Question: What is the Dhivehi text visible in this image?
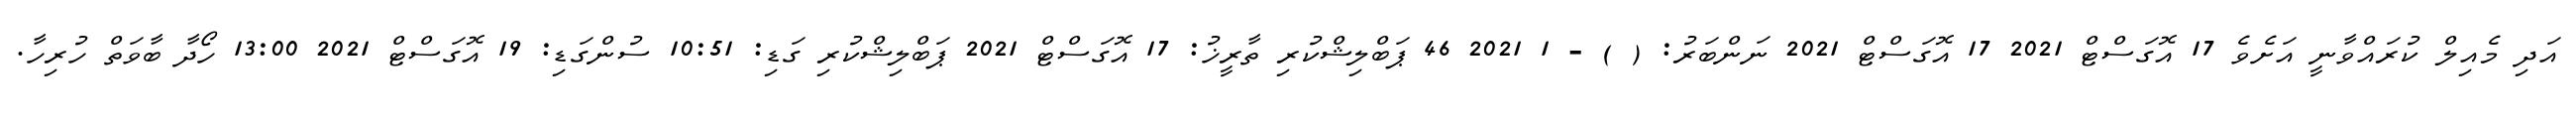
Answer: އަދި މެއިލް ކުރައްވާނީ އަށެވެ 17 އޮގަސްޓް 2021 17 އޮގަސްޓް 2021 ނަންބަރު: ( ) - 1 2021 46 ޕަބްލިޝްކުރި ތާރީޚު: 17 އޮގަސްޓް 2021 ޕަބްލިޝްކުރި ގަޑި: 10:51 ސުންގަޑި: 19 އޮގަސްޓް 2021 13:00 ހޯދާ ބާވަތް ހުރިހާ.